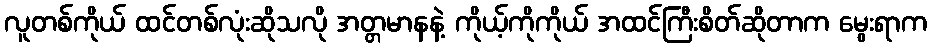
လူတစ်ကိုယ် ထင်တစ်လုံးဆိုသလို အတ္တမာနနဲ့ ကိုယ့်ကိုကိုယ် အထင်ကြီးစိတ်ဆိုတာက မွေးရာက